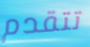
تتقدم